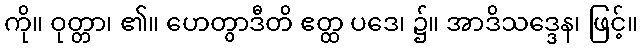
ကို။ ဝုတ္တာ၊ ၏။ ဟေတွာဒီတိ ဧတ္ထ ပဒေ၊ ၌။ အာဒိသဒ္ဒေန၊ ဖြင့်။